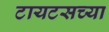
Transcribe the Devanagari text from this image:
टायटसच्या